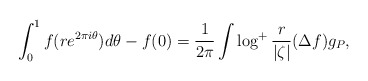
\begin{align*}\int_0^1 f(re^{2\pi i\theta})d\theta -f(0)={1\over 2\pi}\int \log^+{r\over |\zeta|}(\Delta f) g_P,\end{align*}